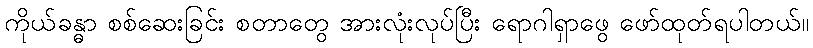
ကိုယ်ခန္ဓာ စစ်ဆေးခြင်း စတာတွေ အားလုံးလုပ်ပြီး ရောဂါရှာဖွေ ဖော်ထုတ်ရပါတယ်။